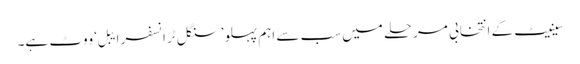
سینیٹ کے انتخابی مرحلے میں سب سے اہم پہلو ’سنگل ٹرانسفر ایبل‘ ووٹ ہے۔